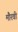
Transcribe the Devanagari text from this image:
मौरवी